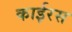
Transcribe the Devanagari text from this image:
काईरस